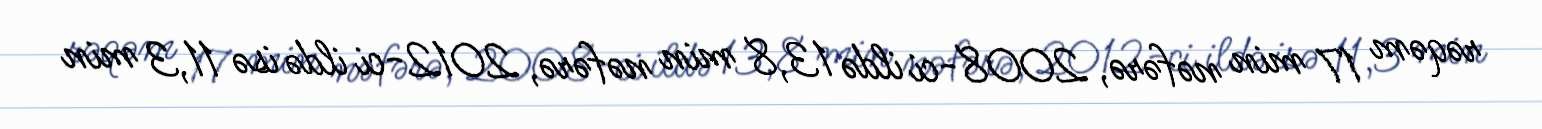
rəqəm 17 min nəfərə, 2008-ci ildə 13,8 min nəfərə, 2012-ci ildə isə 11,3 min